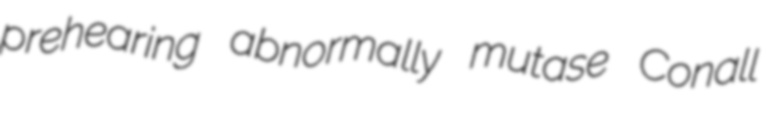
prehearing abnormally mutase Conall